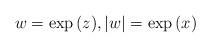
LaTeX: \begin{align*} w = \exp{(z)}, |w| = \exp{(x)}\end{align*}